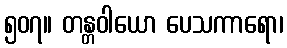
၅၀၇။ တန္တဝါယော ပေသကာရော၊